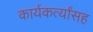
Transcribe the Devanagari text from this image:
कार्यकर्त्यांसह